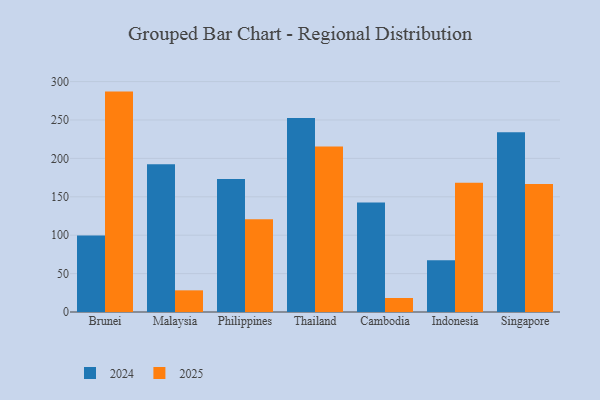
{"axis": {"x": "Country", "y": "Demand Index"}, "legend": ["2024", "2025"], "data": [{"x": "Brunei", "y": 99.6, "type": "2024"}, {"x": "Brunei", "y": 287.0, "type": "2025"}, {"x": "Malaysia", "y": 192.4, "type": "2024"}, {"x": "Malaysia", "y": 28.2, "type": "2025"}, {"x": "Philippines", "y": 173.2, "type": "2024"}, {"x": "Philippines", "y": 120.7, "type": "2025"}, {"x": "Thailand", "y": 252.7, "type": "2024"}, {"x": "Thailand", "y": 215.6, "type": "2025"}, {"x": "Cambodia", "y": 142.6, "type": "2024"}, {"x": "Cambodia", "y": 18.2, "type": "2025"}, {"x": "Indonesia", "y": 67.4, "type": "2024"}, {"x": "Indonesia", "y": 168.3, "type": "2025"}, {"x": "Singapore", "y": 234.2, "type": "2024"}, {"x": "Singapore", "y": 166.6, "type": "2025"}]}